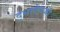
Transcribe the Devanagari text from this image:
दुधाऐवजी